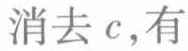
消去 \(c\)，有